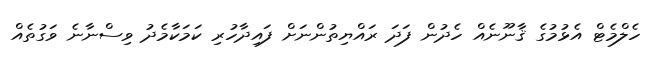
ހެލްމެޓް އެޅުމުގެ ޤާނޫނެއް ހެދުން ފަދަ ރައްޔިތުންނަށް ފައިދާހުރި ކަމަކާމެދު ވިސްނާނެ ވަގުތެއް